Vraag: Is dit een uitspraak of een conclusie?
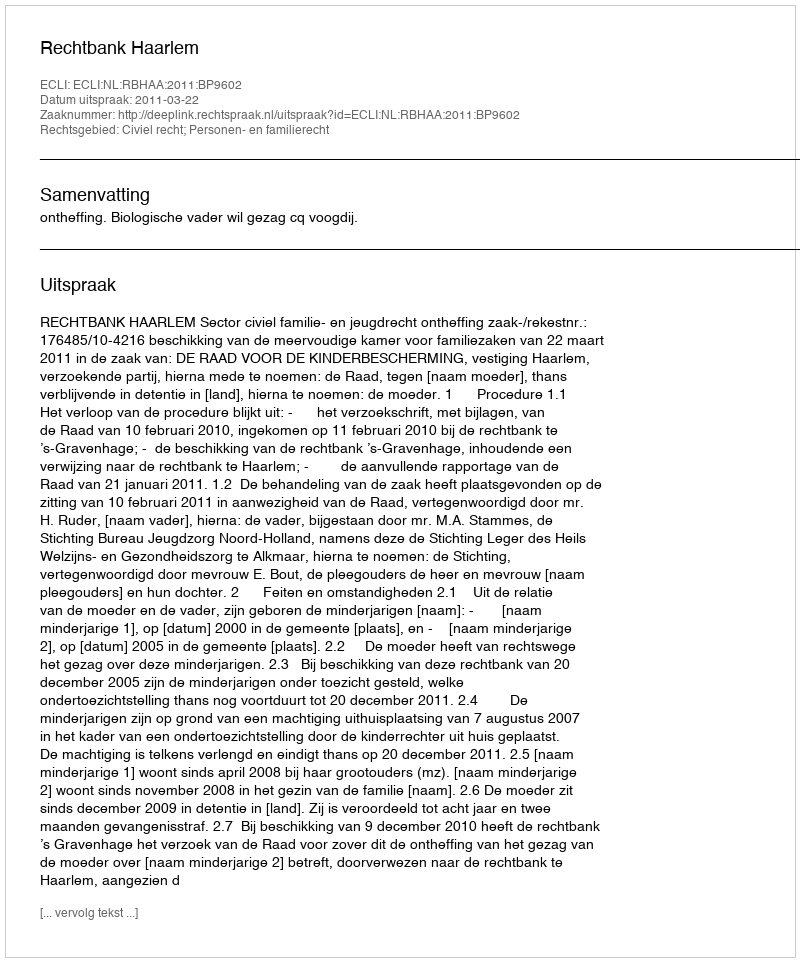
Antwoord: Uitspraak